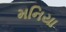
મનિયા